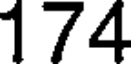
174